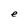
Character: e